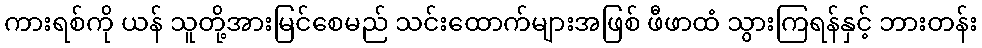
ကားရစ်ကို ယန် သူတို့အားမြင်စေမည် သင်းထောက်များအဖြစ် ဖီဖာထံ သွားကြရန်နှင့် ဘားတန်း